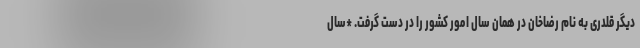
دیگر قلدری به نام رضاخان در همان سال امور کشور را در دست گرفت. *سال